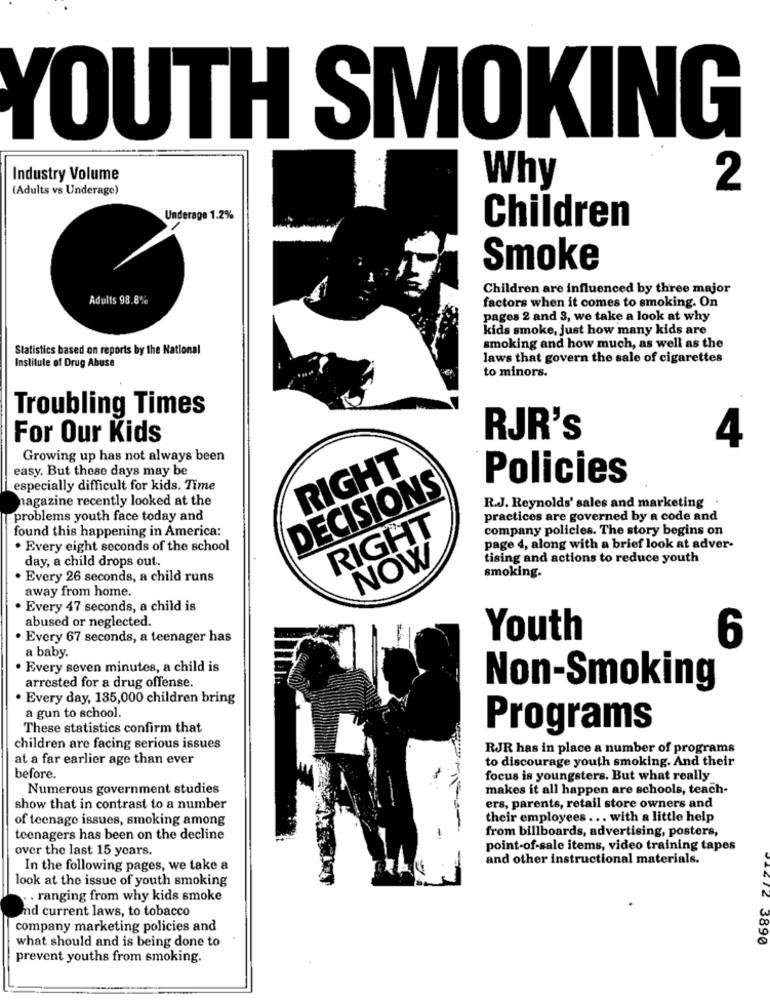
YOUTH SMOKING
Industry Volume
(Adults vs Underage)
Why
2
Underage 1.2%
Children
Smoke
Children are influenced by three major
Adults 98.8%
factors when it comes to smoking. On
pages 2 and 3, we take a look at why
kids smoke, just how many kids are
Statistics based on reports by the National
smoking and how much, as well as the
laws that govern the sale of cigarettes
Institute of Drug Abuse
to minors.
Troubling Times
For Our Kids
RJR's
4
Growing up has not always been
easy. But these days may be
RIGHT
Policies
especially difficult for kids. Time
DECISIONS
nagazine recently looked at the
R.J. Reynolds' sales and marketing
problems youth face today and
practices are governed by a code and
found this happening in America:
RIGHT
company policies. The story begins on
. Every eight seconds of the school
page 4, along with a brief look at adver-
day, a child drops out.
NOW
tising and actions to reduce youth
smoking.
. Every 26 seconds, a child runs
away from home.
· Every 47 seconds, a child is
abused or neglected.
· Every 67 seconds, a teenager has
Youth
6
a baby.
· Every seven minutes, a child is
arrested for a drug offense
Non-Smoking
Every day, 135,000 children bring
a gun to school.
These statistics confirm that
Programs
children are facing serious issues
RJR has in place a number of programs
at a far earlier age than ever
to discourage youth smoking. And their
before.
focus is youngsters. But what really
Numerous government studies
makes it all happen are schools, teach-
show that in contrast to a number
ers, parents, retail store owners and
of teenage issues, smoking among
their employees ... with a little help
teenagers has been on the decline
from billboards, advertising, posters,
over the last 15 years.
point-of-sale items, video training tapes
and other instructional materials.
In the following pages, we take a
look at the issue of youth smoking
. ranging from why kids smoke
2
nd current laws, to tobacco
company marketing policies and
what should and is being done to
3890
prevent youths from smoking.